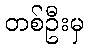
တစ်ဦးမှ